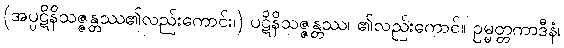
(အပ္ပဋိနိသဇ္ဇန္တဿ၏လည်းကောင်း၊) ပဋိနိသဇ္ဇန္တဿ၊ ၏လည်းကောင်။ ဥမ္မတ္တကာဒီနံ၊